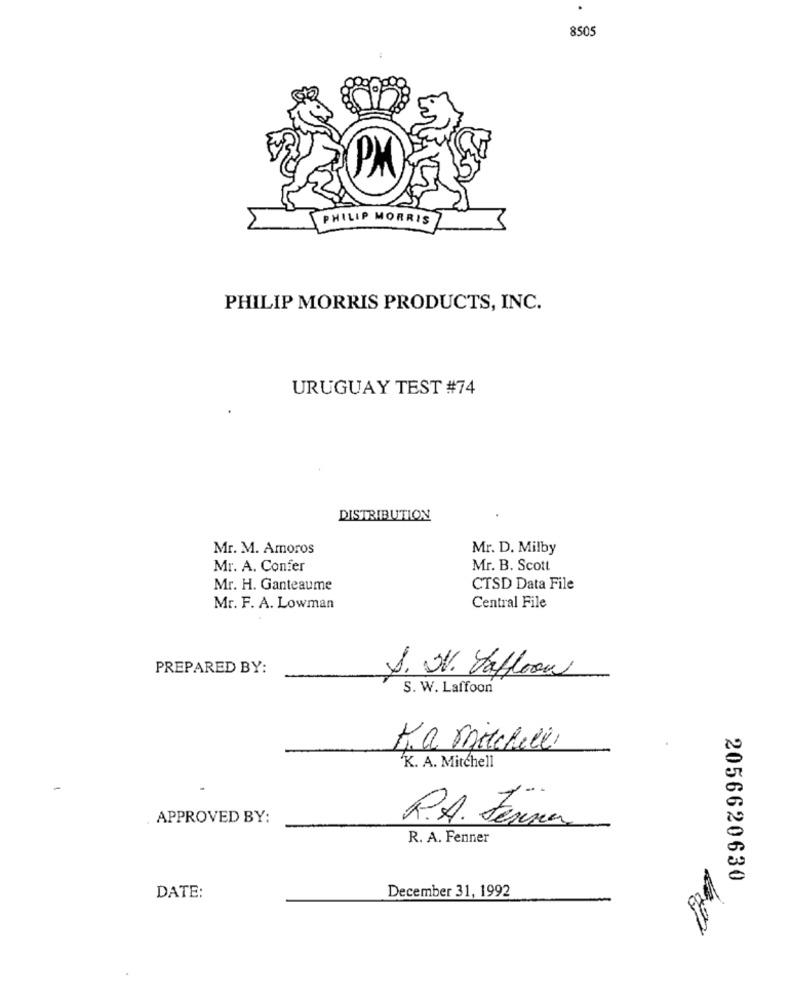
8505
PHILIP MORRIS
PHILIP MORRIS PRODUCTS, INC.
URUGUAY TEST #74
DISTRIBUTION
Mr. M. Amoros
Mr. D. Milby
Mr. A. Confer
Mr. B. Scott
Mr. H. Ganteaume
CTSD Data File
Mr. F. A. Lowman
Central File
PREPARED BY:
S. W. Yaffoon
S. W. Laffoon
K.a. Mitchell
'K. A. Mitchell
APPROVED BY:
R.A. Ferner
R. A. Fenner
2056620630
DATE:
December 31, 1992